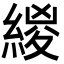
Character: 緵